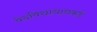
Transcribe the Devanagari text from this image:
वेदविद्याधानकडे